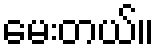
မေးတယ်။